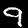
Label: 9